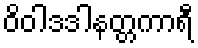
ဝိဝါဒဒါနတ္တကာရီ